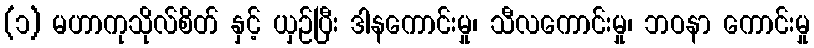
(၁) မဟာကုသိုလ်စိတ် နှင့် ယှဉ်ပြီး ဒါနကောင်းမှု၊ သီလကောင်းမှု၊ ဘဝနာ ကောင်းမှု